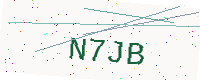
Text: N7JB